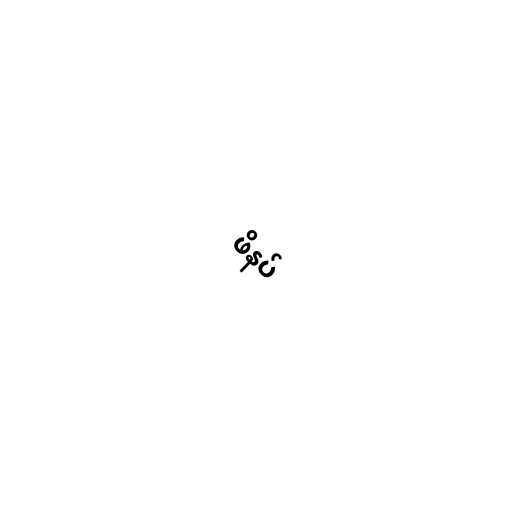
ဖိနပ်